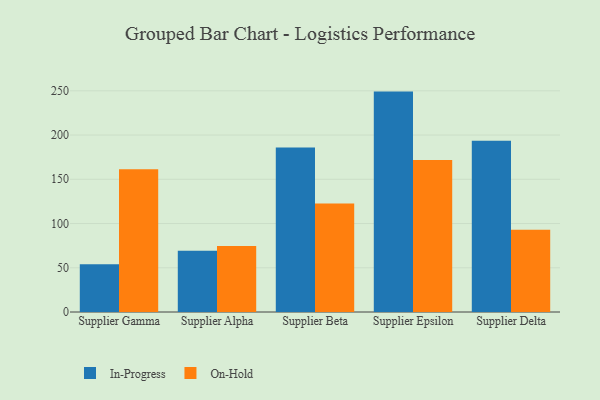
{"axis": {"x": "Supplier", "y": "Budget (USD K)"}, "legend": ["In-Progress", "On-Hold"], "data": [{"x": "Supplier Gamma", "y": 54.0, "type": "In-Progress"}, {"x": "Supplier Gamma", "y": 161.2, "type": "On-Hold"}, {"x": "Supplier Alpha", "y": 69.1, "type": "In-Progress"}, {"x": "Supplier Alpha", "y": 74.5, "type": "On-Hold"}, {"x": "Supplier Beta", "y": 185.8, "type": "In-Progress"}, {"x": "Supplier Beta", "y": 122.6, "type": "On-Hold"}, {"x": "Supplier Epsilon", "y": 249.1, "type": "In-Progress"}, {"x": "Supplier Epsilon", "y": 171.9, "type": "On-Hold"}, {"x": "Supplier Delta", "y": 193.5, "type": "In-Progress"}, {"x": "Supplier Delta", "y": 93.1, "type": "On-Hold"}]}